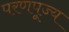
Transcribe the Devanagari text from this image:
परणपूज्य